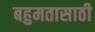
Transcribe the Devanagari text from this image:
बहुमतासाठी